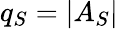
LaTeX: q_{S}=|A_{S}|